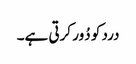
درد کو دُور کرتی ہے۔